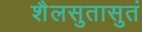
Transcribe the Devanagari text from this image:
शैलसुतासुतं